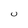
Character: 0